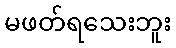
မဖတ်ရသေးဘူး